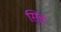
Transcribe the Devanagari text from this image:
सिंहः